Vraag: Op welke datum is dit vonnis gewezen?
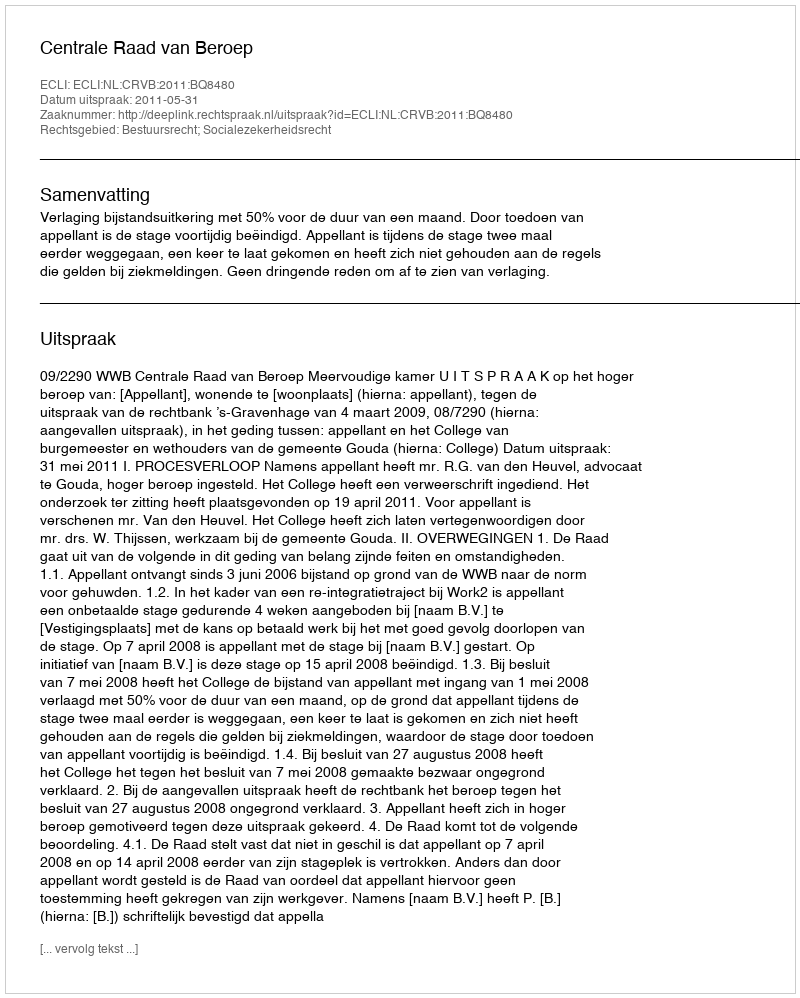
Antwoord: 2011-05-31